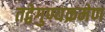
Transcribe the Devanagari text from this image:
तद्वेगुण्यक्रमेण